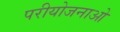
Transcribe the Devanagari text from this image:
परीयोजनाओ